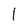
Character: 1